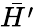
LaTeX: \bar{H^{\prime}}